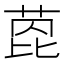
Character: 萞